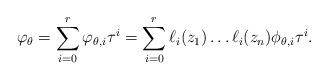
LaTeX: \begin{align*}\varphi_{\theta}=\sum_{i=0}^{r}\varphi_{\theta,i}\tau^i=\sum_{i=0}^{r}\ell_i(z_1)\dots\ell_i(z_n)\phi_{\theta,i}\tau^i.\end{align*}